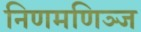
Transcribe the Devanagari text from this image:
निणमणिञ्ज